Civil Veterinary Dept. Bombay admin report 1923-31 - 1923-1931
Year: 1923
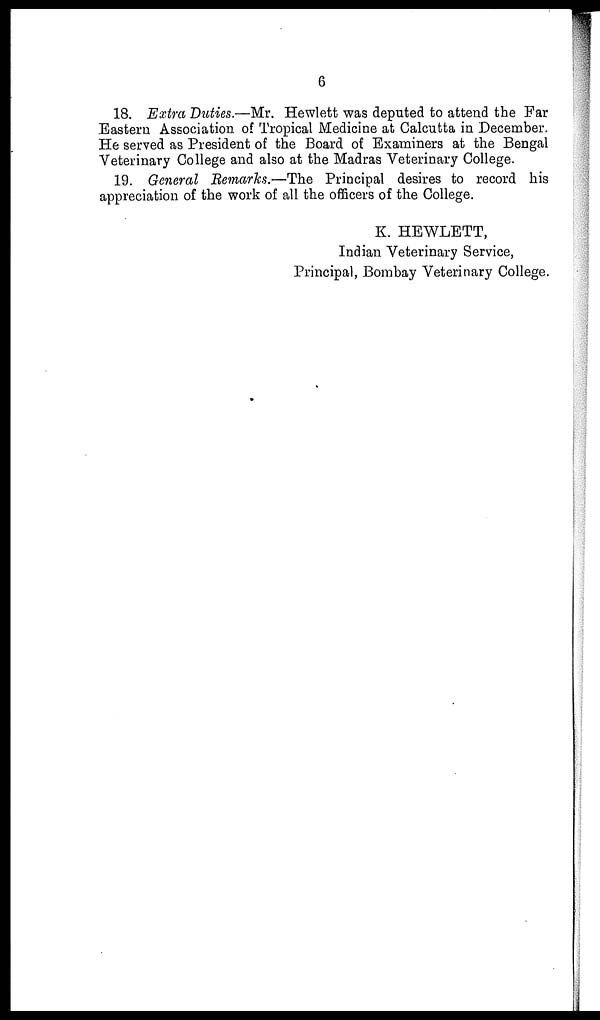
6
18. Extra Duties.—Mr. Hewlett was deputed to attend the Far
Eastern Association of Tropical Medicine at Calcutta in December.
He served as President of the Board of Examiners at the Bengal
Veterinary College and also at the Madras Veterinary College.
19. General Remarks.—The Principal desires to record his
appreciation of the work of all the officers of the College.
K. HEWLETT,
Indian Veterinary Service,
Principal, Bombay Veterinary College.